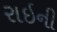
રાઇની